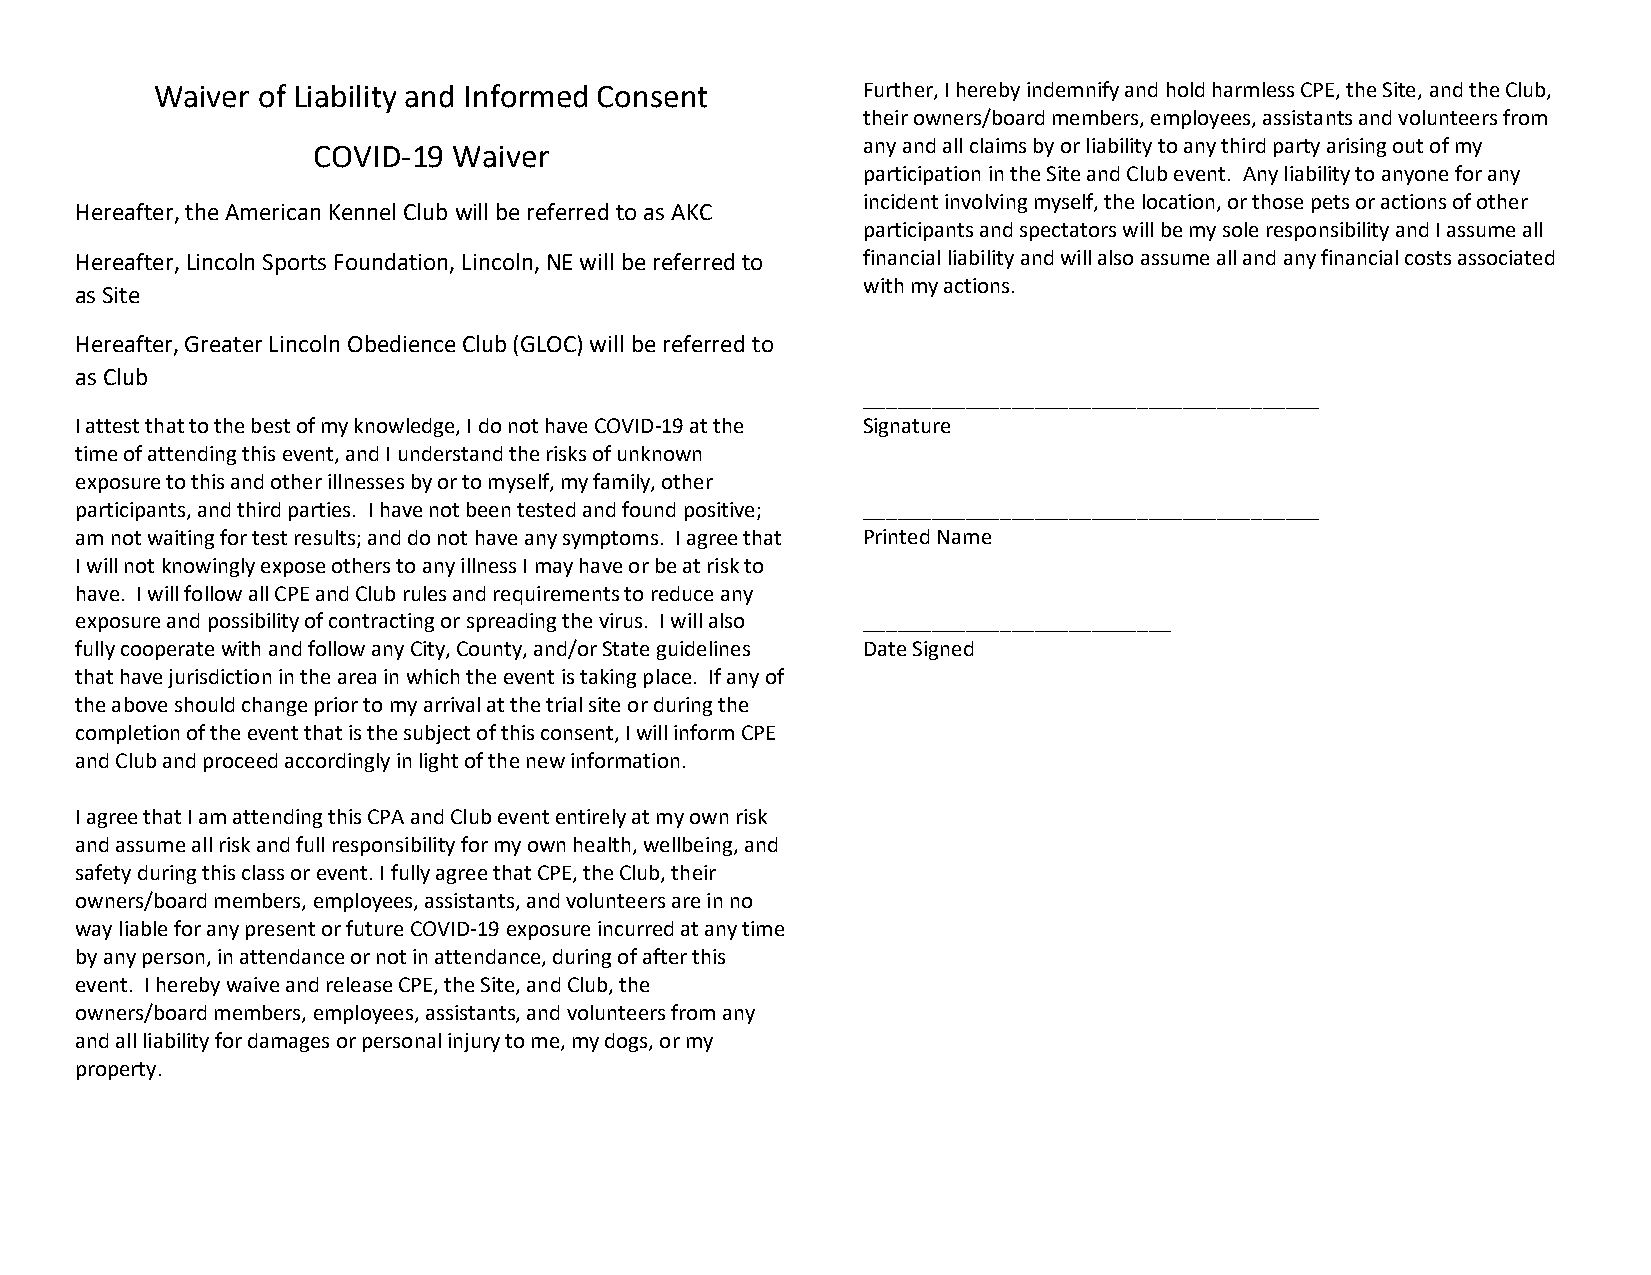
Waiver of Liability and Informed Consent       Further, I hereby indemnify and hold harmless CPE, the Site, and the Club,
 their owners/board members, employees, assistants and volunteers from
 any and all claims by or liability to any third party arising out of my
 COVID-19 Waiver
 participation in the Site and Club event. Any liability to anyone for any
 incident involving myself, the location, or those pets or actions of other
 Hereafter, the American Kennel Club will be referred to as AKC
 participants and spectators will be my sole responsibility and I assume all
 Hereafter, Lincoln Sports Foundation, Lincoln, NE will be referred to financial liability and will also assume all and any financial costs associated
 with my actions.
 as Site
 Hereafter, Greater Lincoln Obedience Club (GLOC) will be referred to
 as Club
 ________________________________________
 I attest that to the best of my knowledge, I do not have COVID-19 at the Signature
 time of attending this event, and I understand the risks of unknown
 exposure to this and other illnesses by or to myself, my family, other
 participants, and third parties. I have not been tested and found positive; ________________________________________
 am not waiting for test results; and do not have any symptoms. I agree that Printed Name
 I will not knowingly expose others to any illness I may have or be at risk to
 have. I will follow all CPE and Club rules and requirements to reduce any
 exposure and possibility of contracting or spreading the virus. I will also ___________________________
 fully cooperate with and follow any City, County, and/or State guidelines Date Signed
 that have jurisdiction in the area in which the event is taking place. If any of
 the above should change prior to my arrival at the trial site or during the
 completion of the event that is the subject of this consent, I will inform CPE
 and Club and proceed accordingly in light of the new information.
 I agree that I am attending this CPA and Club event entirely at my own risk
 and assume all risk and full responsibility for my own health, wellbeing, and
 safety during this class or event. I fully agree that CPE, the Club, their
 owners/board members, employees, assistants, and volunteers are in no
 way liable for any present or future COVID-19 exposure incurred at any time
 by any person, in attendance or not in attendance, during of after this
 event. I hereby waive and release CPE, the Site, and Club, the
 owners/board members, employees, assistants, and volunteers from any
 and all liability for damages or personal injury to me, my dogs, or my
 property.